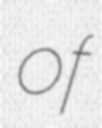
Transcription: of